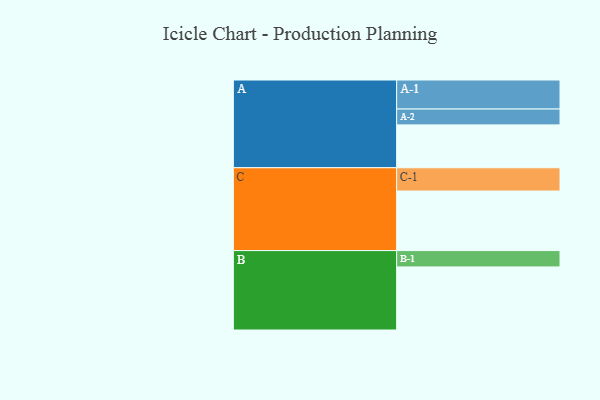
{"axis": {"x": "Segment", "y": "Value"}, "legend": ["", "A", "B", "C"], "data": [{"x": "A", "y": 365, "type": ""}, {"x": "B", "y": 537, "type": ""}, {"x": "C", "y": 507, "type": ""}, {"x": "A-1", "y": 247, "type": "A"}, {"x": "A-2", "y": 135, "type": "A"}, {"x": "B-1", "y": 139, "type": "B"}, {"x": "C-1", "y": 198, "type": "C"}]}